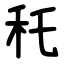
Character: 秅